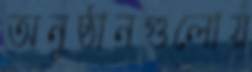
অনুষ্ঠানগুলোয়